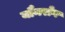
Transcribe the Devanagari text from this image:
यौनरोग